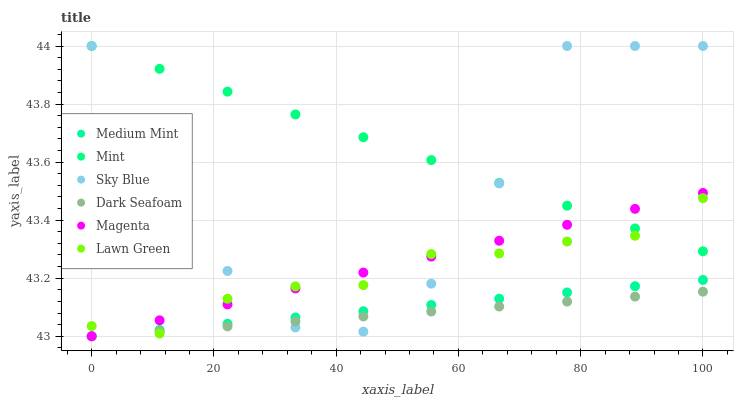
| xaxis_label | Medium Mint | Mint | Sky Blue | Dark Seafoam | Magenta | Lawn Green |
 | --- | --- | --- | --- | --- | --- | --- |
 | 0 | 43 | 44 | 44 | 43 | 43 | 43 |
 | 11.1 | 43 | 43.9 | 43.6 | 43 | 43.1 | 43 |
 | 22.2 | 43 | 43.8 | 43.2 | 43 | 43.1 | 43.1 |
 | 33.3 | 43.1 | 43.8 | 43 | 43.1 | 43.2 | 43.2 |
 | 44.4 | 43.1 | 43.7 | 43 | 43.1 | 43.2 | 43.2 |
 | 55.6 | 43.1 | 43.6 | 43.2 | 43.1 | 43.3 | 43.3 |
 | 66.7 | 43.1 | 43.5 | 43.5 | 43.1 | 43.3 | 43.3 |
 | 77.8 | 43.2 | 43.4 | 44 | 43.1 | 43.4 | 43.3 |
 | 88.9 | 43.2 | 43.4 | 44 | 43.1 | 43.4 | 43.3 |
 | 100 | 43.2 | 43.3 | 44 | 43.2 | 43.5 | 43.5 |